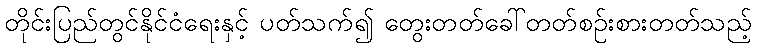
တိုင်းပြည်တွင်နိုင်ငံရေးနှင့် ပတ်သက်၍ တွေးတတ်ခေါ်တတ်စဉ်းစားတတ်သည့်